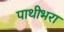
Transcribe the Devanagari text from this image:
पाथीभरा